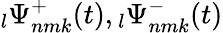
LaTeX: \phantom{}_{l}\Psi_{nmk}^{+}(t),\phantom{}_{l}\Psi_{nmk}^{-}(t)